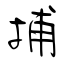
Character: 捕